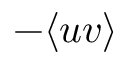
- \langle u v \rangle